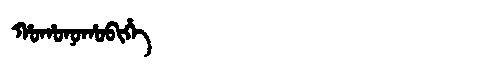
Manchu: ᡥᠣᡥᠣᠨᠣᡥᠣᠪᡳᡥᡝ
Romanization: HOHONOHOBIHE